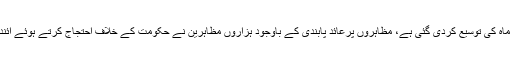
تھائی حکومت کی جانب مظاہروں پرعائد پابندی میں مزید دو ماہ کی توسیع کردی گئی ہے، مظاہروں پرعائد پابندی کے باوجود ہزاروں مظاہرین نے حکومت کے خلاف احتجاج کرتے ہوئے آئندہ انتخابات کے لیے جاری مہم پر دھاوا بولنے کی کوشش کی۔